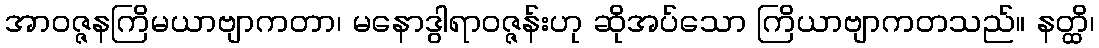
အာဝဇ္ဇနကြိမယာဗျာကတာ၊ မနောဒွါရာဝဇ္ဇန်းဟု ဆိုအပ်သော ကြိယာဗျာကတသည်။ နတ္ထိ၊